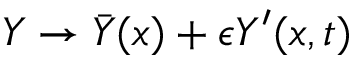
Y \rightarrow { \bar { Y } } ( x ) + \epsilon Y ^ { \prime } ( x , t )